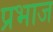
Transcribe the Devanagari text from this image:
प्रभाज